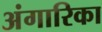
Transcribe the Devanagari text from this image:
अंगारिका